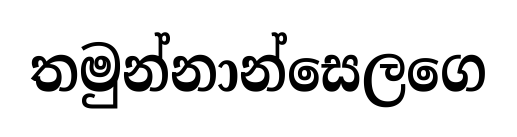
තමුන්නාන්සෙලගෙ